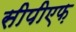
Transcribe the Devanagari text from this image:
सीपीएफ़